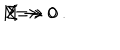
LaTeX: M \rightarrow 0 \hspace { 1 c m } \Longleftrightarrow \hspace { 1 c m } \Sigma \rightarrow 0 \ .